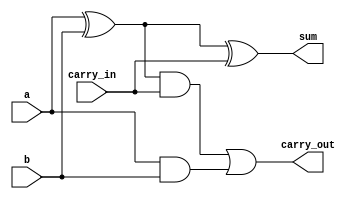
module full_adder_dataflow(
    input a,
    input b,
    input carry_in,
    output sum,
    output carry_out
);
    // these are the nets being declared to connect the half adders
    wire sum1;
    wire and1;
    wire and2;


    // this the circuit implementation using the Dataflow style, where we use the assign keyword
    assign sum1 = a ^ b;
    assign and1 = sum1 & carry_in;
    assign and2 = a & b;

    assign sum = sum1 ^ carry_in;
    assign carry_out = and1 | and2;

endmodule